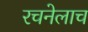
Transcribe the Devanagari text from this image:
रचनेलाच